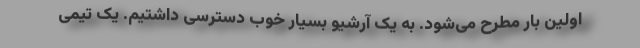
اولین بار مطرح می‌شود. به یک آرشیو بسیار خوب دسترسی داشتیم. یک تیمی